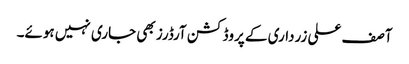
آصف علی زرداری کے پروڈکشن آرڈرز بھی جاری نہیں ہوئے۔